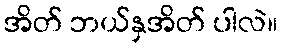
အိတ် ဘယ်နှအိတ် ပါလဲ။